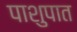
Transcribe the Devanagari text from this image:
पाशुपात